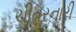
ચીતરનારી